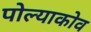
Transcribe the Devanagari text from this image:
पोल्याकोव